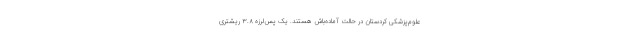
علوم‌پزشکی کردستان در حالت آماده‌باش هستند. یک پس‌لرزه ٣.٨ ریشتری